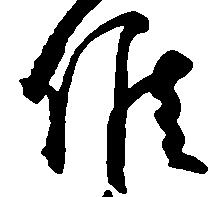
候